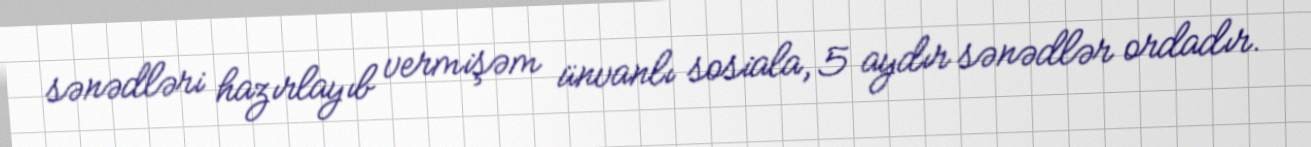
sənədləri hazırlayıb vermişəm ünvanlı sosiala, 5 aydır sənədlər ordadır.